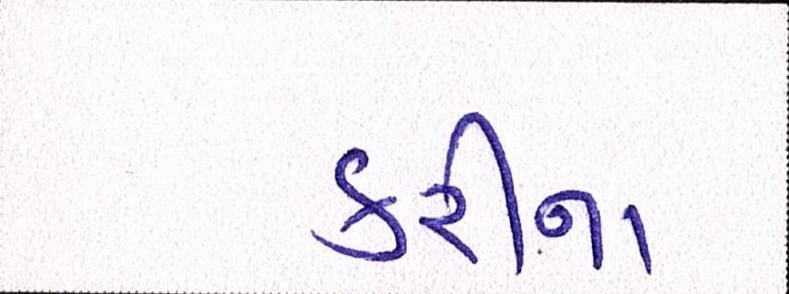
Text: કરીના